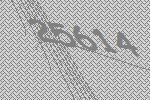
25614